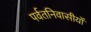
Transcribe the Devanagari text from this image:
पर्वतनिवासीयों